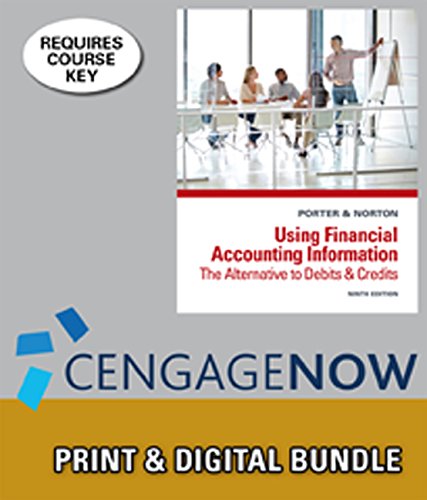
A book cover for Bundle: Using Financial Accounting Information: The Alternative to Debits and Credits, 9th + CengageNOW(TM), 1 term Printed Access Card; Gary A. Porter; Business & Money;